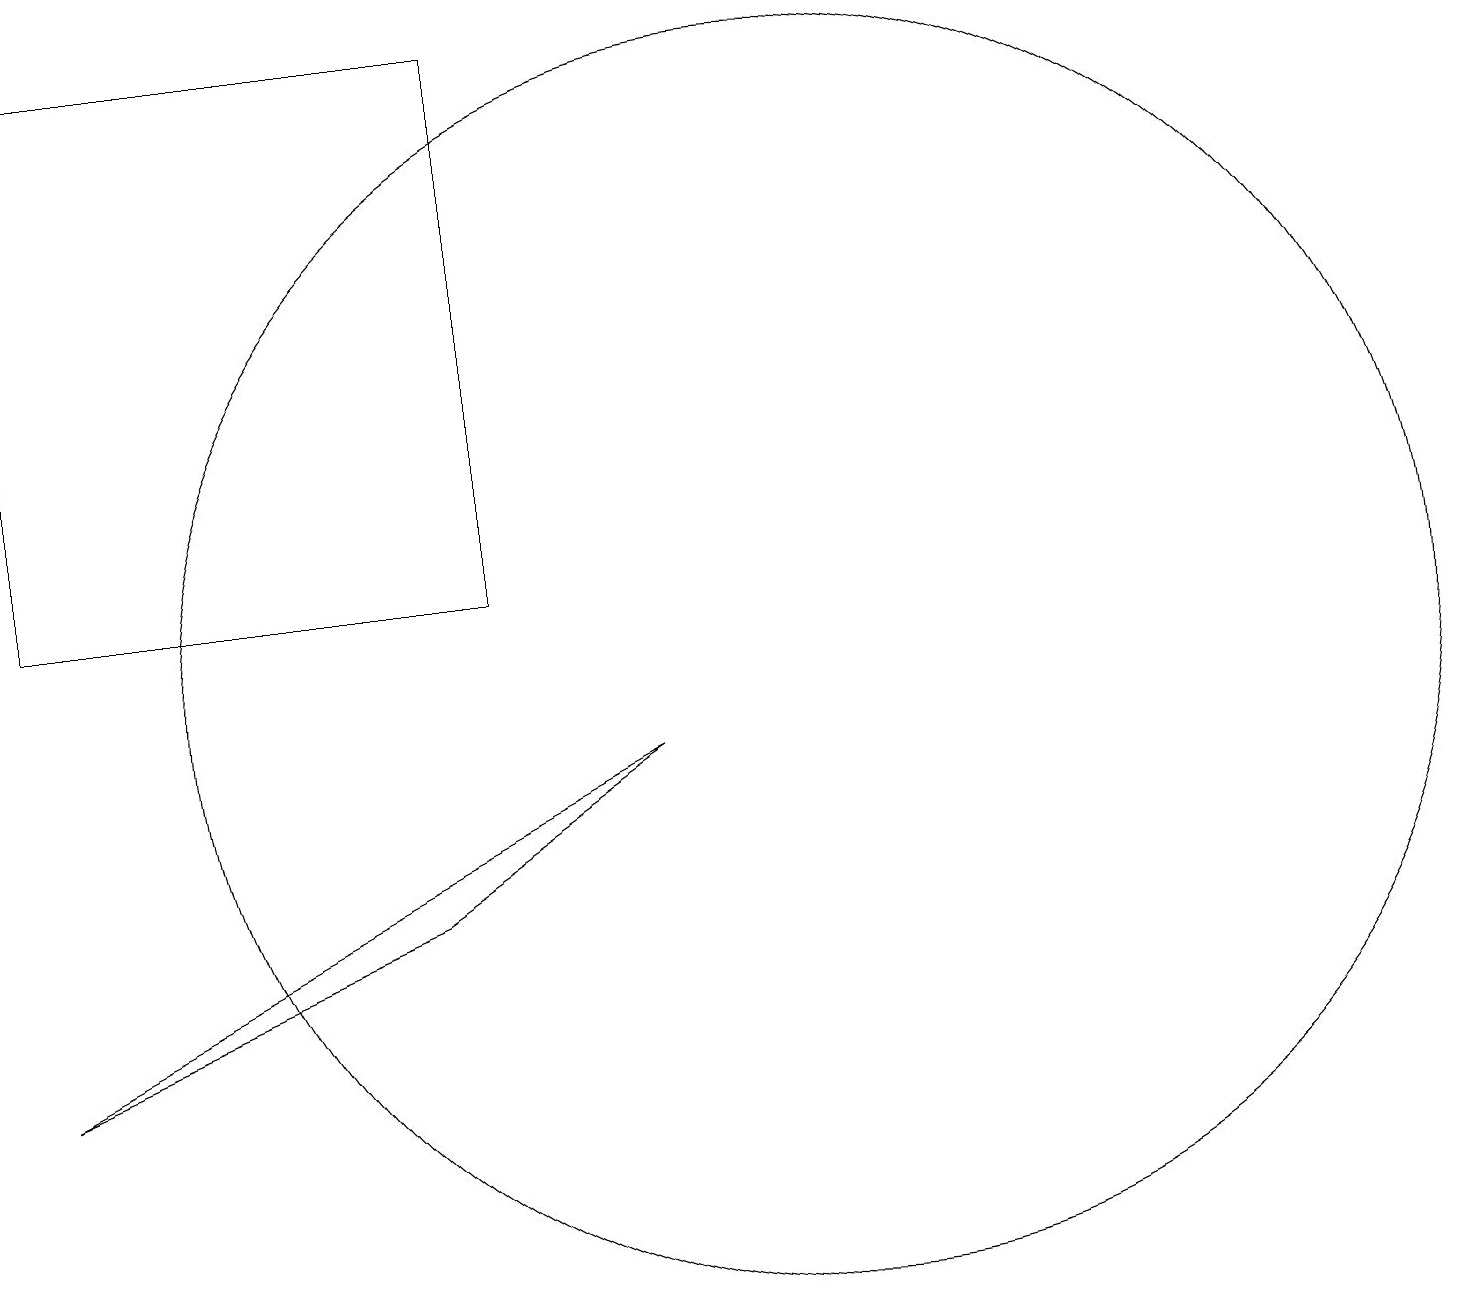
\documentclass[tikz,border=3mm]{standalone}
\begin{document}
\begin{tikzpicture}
\draw (0,11) rectangle (6,18);
\draw (0,5) -- (5,7) -- (8,9) -- cycle;
\draw (10,10) circle (8);
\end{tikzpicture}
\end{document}